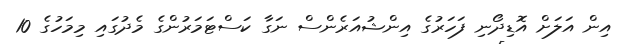
އިން އަލަށް އޮޑިދޯނި ފަހަރުގެ އިންޝުއަރެންސް ނަގާ ކަސްޓަމަރުންގެ މެދުގައި މިމަހުގެ 10